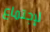
لإجتماع